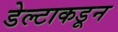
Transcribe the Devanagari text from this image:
डेल्टाकडून